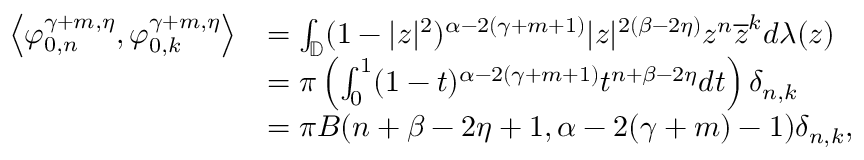
\begin{array} { r l } { { \left\langle { \varphi _ { 0 , n } ^ { \gamma + m , \eta } , \varphi _ { 0 , k } ^ { \gamma + m , \eta } } \right\rangle } } & { = \int _ { \mathbb { D } } ( 1 - | z | ^ { 2 } ) ^ { \alpha - 2 ( \gamma + m + 1 ) } | z | ^ { 2 ( \beta - 2 \eta ) } z ^ { n } \overline { { z } } ^ { k } d \lambda ( z ) } \\ & { = \pi \left( \int _ { 0 } ^ { 1 } ( 1 - t ) ^ { \alpha - 2 ( \gamma + m + 1 ) } t ^ { n + \beta - 2 \eta } d t \right) \delta _ { n , k } } \\ & { = \pi B ( n + \beta - 2 \eta + 1 , \alpha - 2 ( \gamma + m ) - 1 ) \delta _ { n , k } , } \end{array}